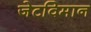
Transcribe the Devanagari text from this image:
जेटविमान